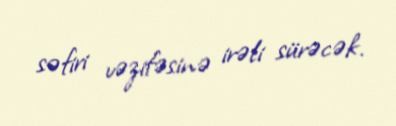
səfiri vəzifəsinə irəli sürəcək.